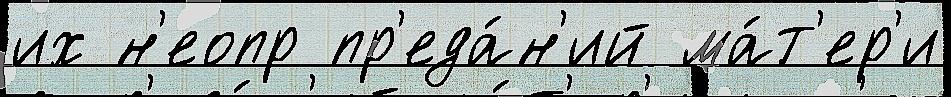
их н'еопр пр'еда́н'ий ма́т'ер'и